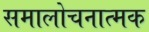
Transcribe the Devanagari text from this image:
समालोचनात्‍मक